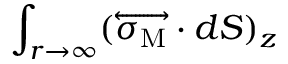
\int _ { r \to \infty } ( \overleftrightarrow { \boldsymbol { \sigma } _ { \mathrm { M } } } \cdot d \boldsymbol { S } ) _ { z }